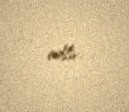
edilir.